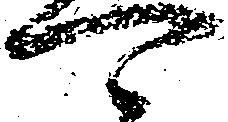
可